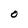
Character: O